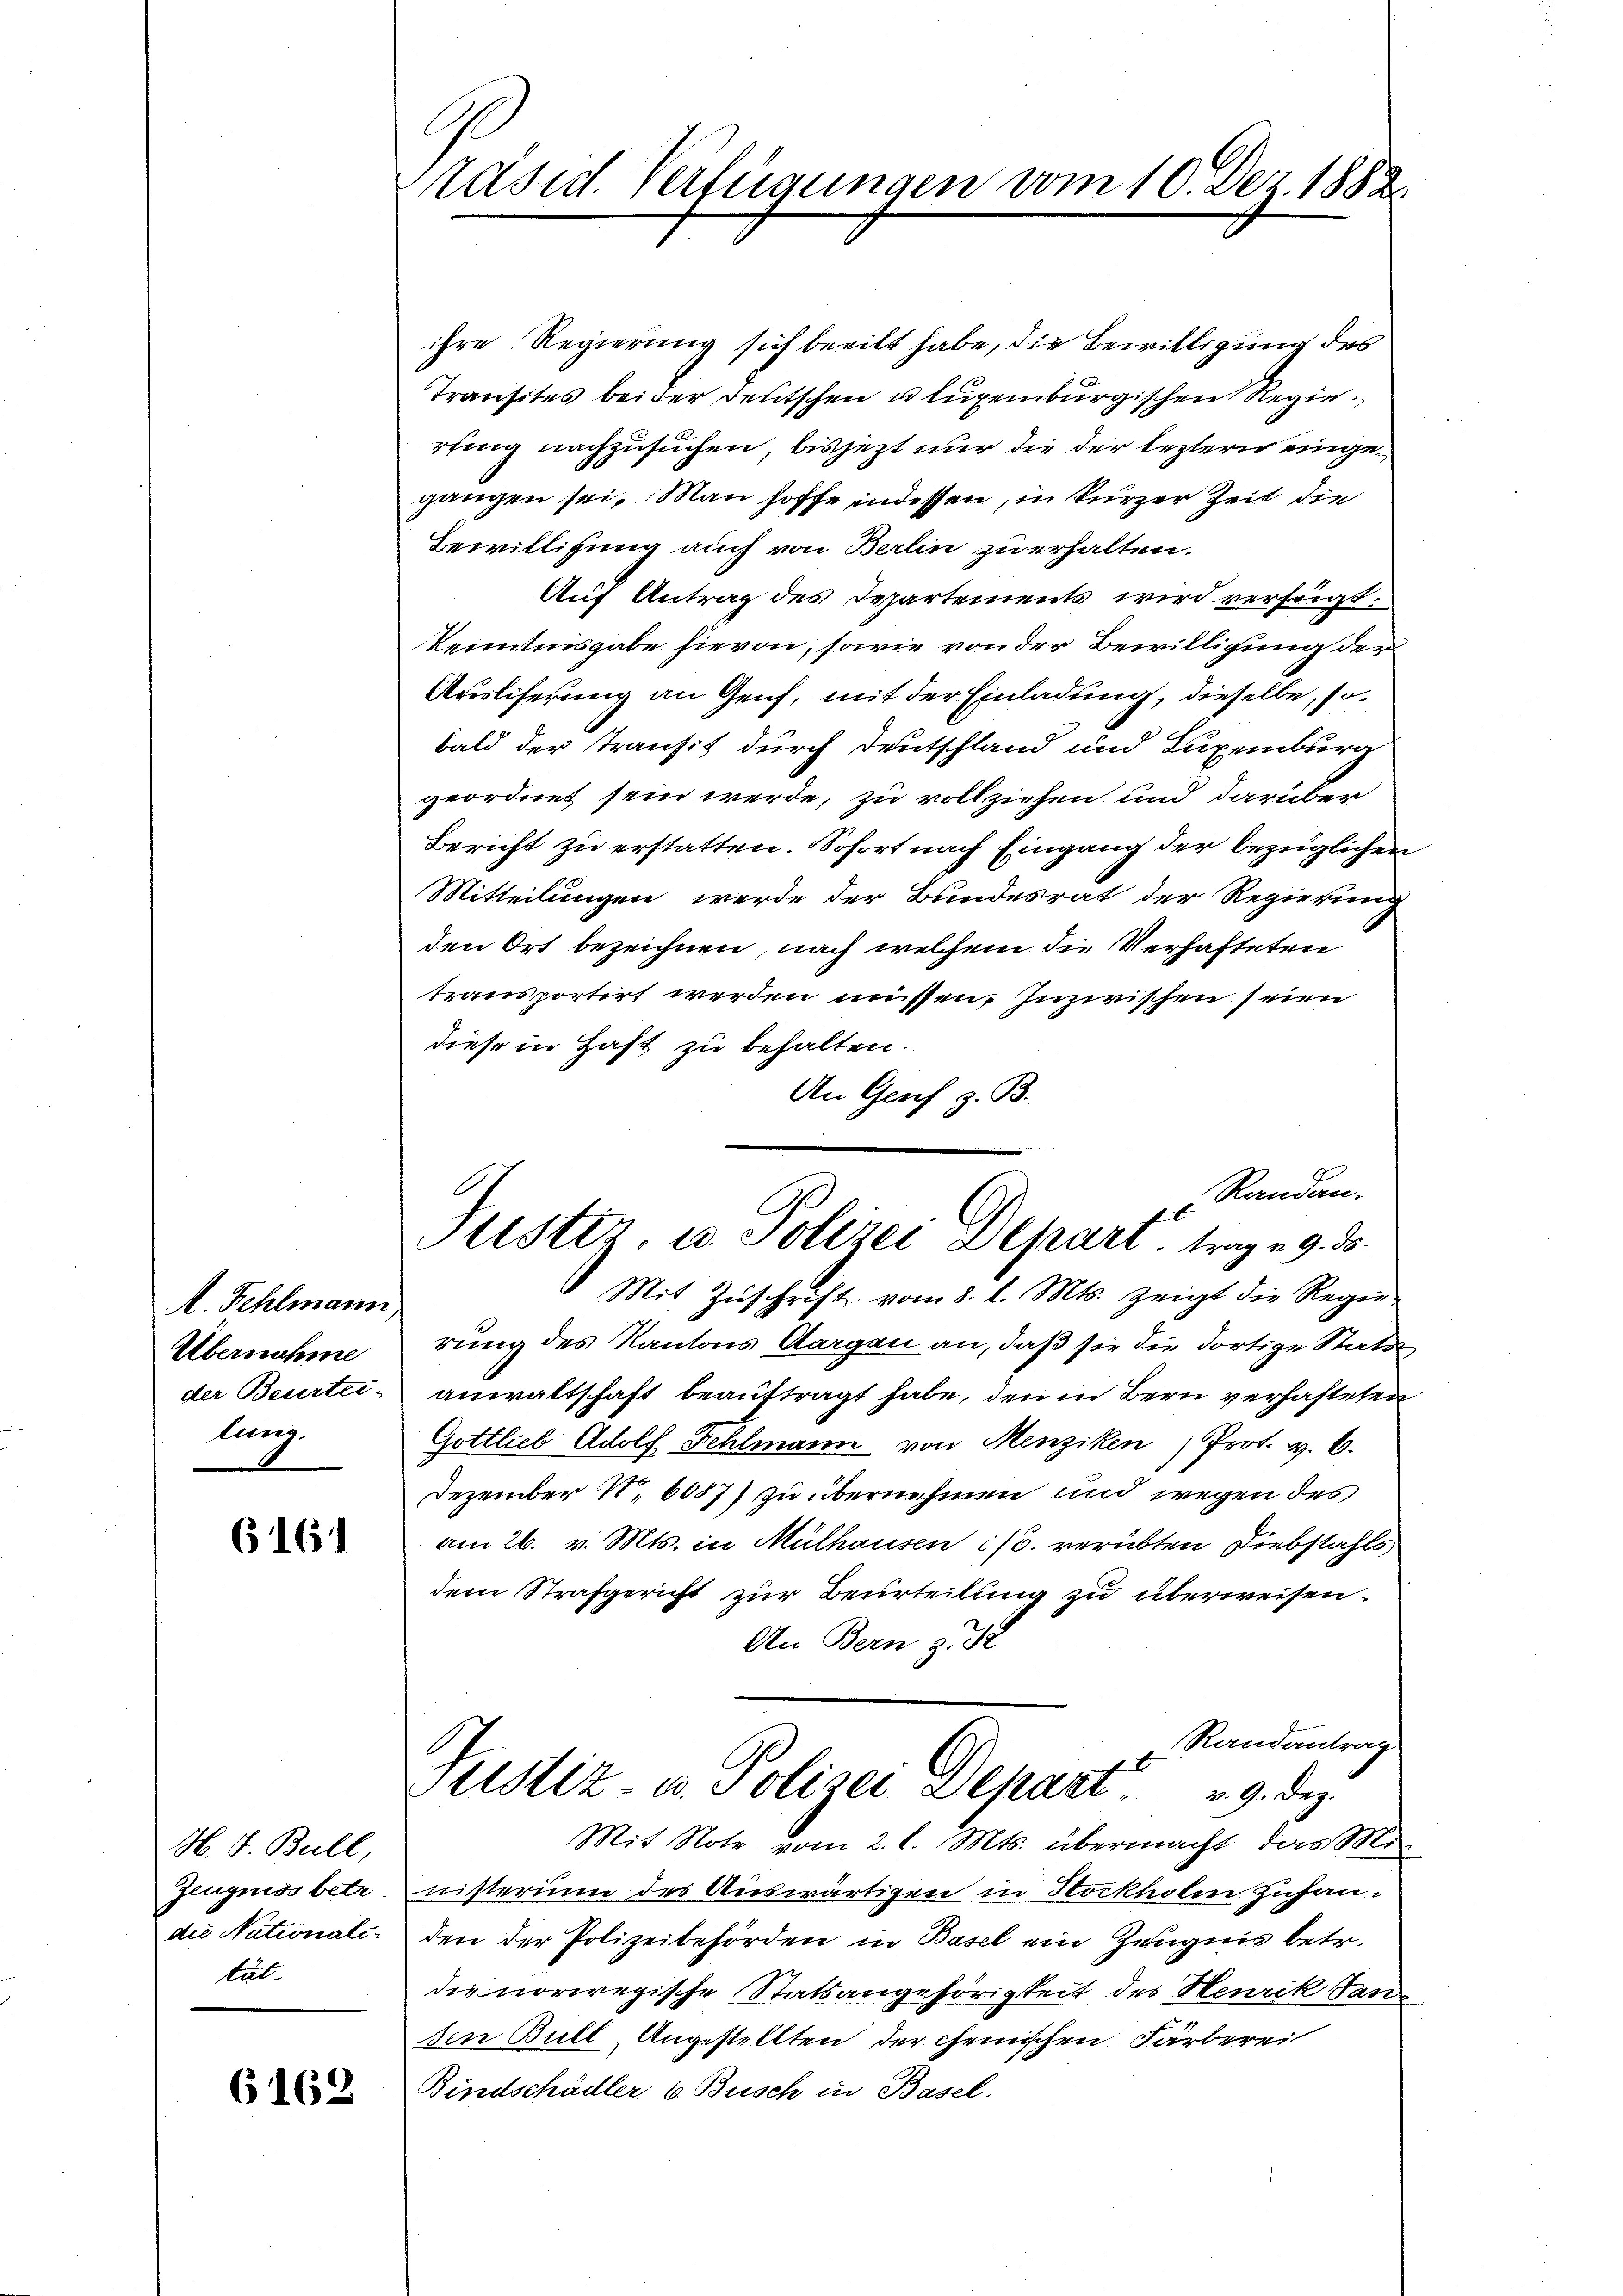
A. Kehlmann,
Übernahme
lung.

616

H. J. Bull,
Zeugniss betr.
die Nationali.
tät.

6162

räsid. Verfügungen vom 10. Dez. 1882.

ihre Regierung sich beeilt habe, die Bewilligung des
Transites beider deutschen u luxenburgischen Regierting nachzusuchen, bis jezt nur die der leztern eingegangen sei. Man hoffe indessen, in kurzer Zeit die
Bewilligung auch von Berlin zu erhalten.
Auf Antrag des Departements wird verfügt:
Kenntnisgabe hievon, sowie von der Bewilligung der
Ausliferung an Genf, mit der Einladung, dieselbe, sobald der Transit durch Deutschland und Suxenburg
geordnet sein werde, zu vollziehen und darüber
Bericht zu erstatten. Sofort nach Eingang der bezüglichen
Mitteilungen werde der Bundesrat der Regierung
den Ort bezeichnen, nach welchem die Verhafteten
transportirt werden müssen, inzwischen seien
diese in Hast zu behalten.
An Genf z. B.
Mit Zŭschrift vom 8. d. Mts. zeigt die Regie-
rung des Kantons Aargau an, daß sie die dortige Stats
der Beurtei- anwaltschaft beauftragt habe, den in Bern verhafteten
Gottlieb Adolf Fehlmann von Menziken) Prot. v. 6.
Dezember N. 6087) zu übernehmen und wegen des
am 26. v. Mts. in Mülhausen ist. verübten Diebstahls
dem Strafgericht zur Beurteilung zu überweisen.
An Bern z. B
Randantrag
ustiz- u. Polizei Depart v. 9. dez.
Mit Note vom 2. l. Mts. übermacht, das Mi
nisterium des Auswärtigen in Stockholm zuhanden der Polizeibehörden in Basel ein Zeugnis betr.
die norwegische Statsangehörigkeit des Henrik Sanden Bull, Angestellten der chemischen Färberei
Bindschädler & Busch in Basel.

Randau.
Justiz, u. Polizei Depart, trag u. 9. d.